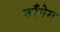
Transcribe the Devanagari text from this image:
काँगेस